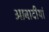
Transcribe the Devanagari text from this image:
आबादीयां